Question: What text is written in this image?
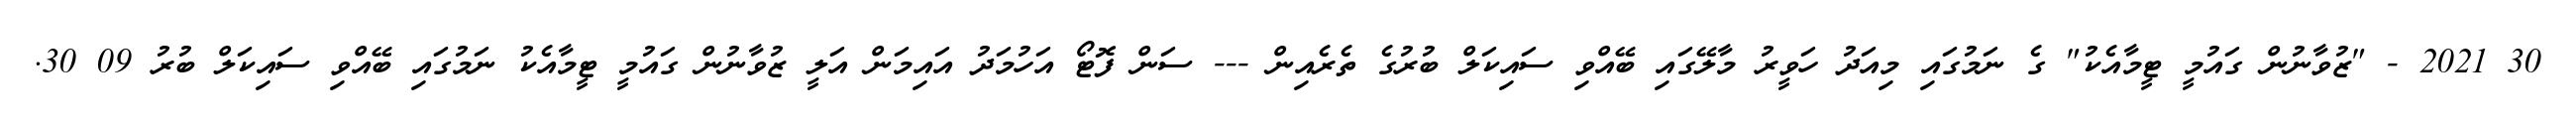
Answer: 30 2021 - "ޒުވާނުން ގައުމީ ޓީމާއެކު" ގެ ނަމުގައި މިއަދު ހަވީރު މާލޭގައި ބޭއްވި ސައިކަލް ބުރުގެ ތެރެއިން --- ސަން ފޮޓޯ އަހުމަދު އައިމަން އަލީ ޒުވާނުން ގައުމީ ޓީމާއެކު ނަމުގައި ބޭއްވި ސައިކަލް ބުރު 09 30.